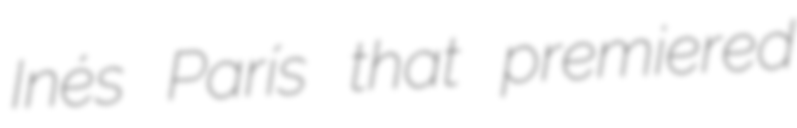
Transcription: Inés París that premiered